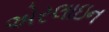
એરલાઇન